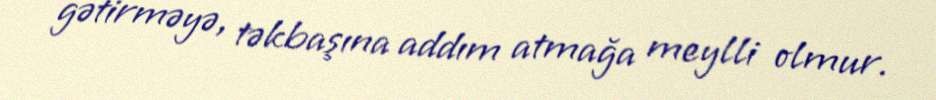
gətirməyə, təkbaşına addım atmağa meylli olmur.